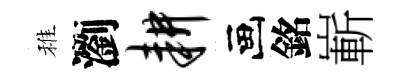
稚瀏耕画銘嶄